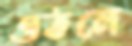
ওঠলে